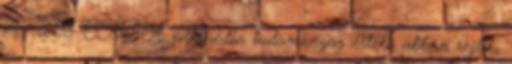
14., 13:08 CEST A wikipédia tudományos értéke abban rejlik,